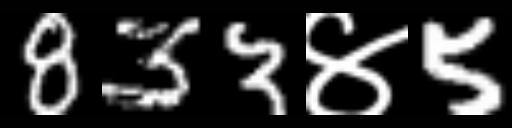
Text: 833४5